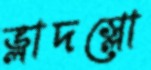
ভ্লাদস্লো